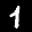
Label: 1